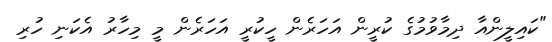
"ކައިލީންއާ ދިމާވުމުގެ ކުރީން އަހަރެން ހީކުރީ އަހަރެން މީ މިހާރު އެކަނި ހުރި